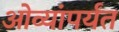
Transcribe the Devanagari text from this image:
ओव्यांपर्यंत